Medical and sanitary report of the native army of Madras for the year
Year: 1872
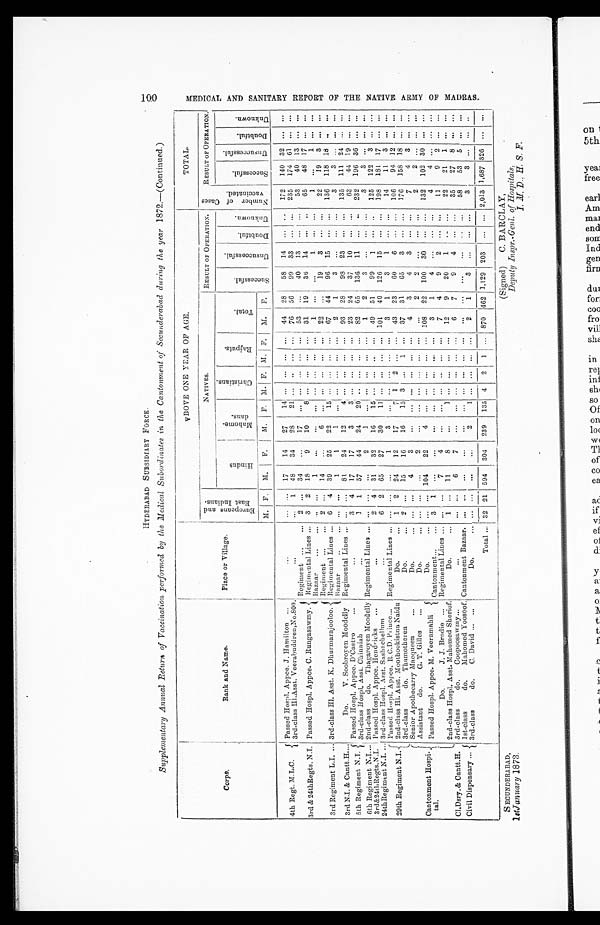
S ECUNDERABAD,
1st January 1873.
(signed)
C . B A R C L A Y ,
Deputy Inspr.-Genl. of Hospitals,
I . M . D . , H . S . F .
HYDERABAD SUBSIDIARY FORCE.
Supplementary Annual Return of Vaccination performed by the Medical Subordinates in the Cantonment of Secunderabad during the year 1872 .—(Continued.)
Corps.
Rank and Name.
Place or Village.
ABOVE ONE YEAR OF AGE.
TOTAL.
E u r o p e a n s a n d E a s t I n d i a n s .
NATIVES.
R E S U L T O F O P E R A T I O N .
N u m b e r o f c a s e s v a c c i n a t e d . RESULT OF OPERATION.
H i n d u s
M a h o m e - d a n s .
C h r i s t i a n s .
Rajputs.
Total.
S u c c e s s f u l .
U n s u c c e s s f u l .
D o u b t f u l . U n k n o w n .
S u c c e s s f u l .
U n s u c c e s s f u l . D o u b t f u l .
U n k n o w n .
M. F. M. F. M. F. M. F. M. F. M. F.
4th Regt. M.L.C.
Passed Hospl. Appce. J. Hamilton
...
... ... 17
14
27
14 ... ... ...... 44 28
58 14 ... ... 172 140 32 ... ...
3rd-class Hl.Asst. Veerabuddren,No.800.
...
... 1 48
34
28
21 ... ... ...... 76 56 99
33 ... ... 235 174 61 ... ...
3rd & 24thRegts. N.I. Passed Hospl. Appce. C. Rungasawmy.
Regiment
2 ... 34
...
17 ... ... ... ... ... 53 ...
40 13 ... ...
53
40 13 ... ...
Regimental Lines 3 2 18
9
10
8 ... ... ... ... 31 19
36 14 ... ...
65
48 17 ... ...
Bazaar
• ... ...
1
...
... ... ... .........1
...... 1
......1
... 1 ......
3rd Regiment L.I.
3rd-class Hl. Asst. K. Dhurmarajooloo.
Regiment
2 ...14
...
6 ... ... ... ... ... 22
...
19
3 ... ...
22
19 3 ... ...
Regimental Lines
6 4 39
25
22
15 ... ... ... ...67
44
96 15 ... ... 136
118 18 ... ...
Bazaar
... ...
1
1 1
...............2
1 3
... ......
3
3 ... ... ...
3rd N.I. & Cantt.H.
Do.
V. Soobroyen Moodelly Regimental Lines
... ... 81
24
12
4 ... ... ... ... 93 28
98 23 ... ... 135 111 24 ... ...
5th Regiment N.I. Passed Hospl. Appce. D'Castro
...
3 4 17
17
3 3 ............ 23 24
37
10 ... ...
63
44 19 ... ...
3rd-class Hospl. Asst. Chinniah
...
1 1 57
44
24
20 ... ... ... ... 82 65 136 11 ... ... 232 196 36 ... ...
6th Regiment N.I. 2nd-class do. Thagaroyen Moodelly Regimental Lines
... ... ...
2
1 ............... 1
2
3 ... ... ...
3
3 .........
3rd&24th Regts.N.I. Passed Hospl. Appce. Hendricks
...
2 4 31
32
16
15 ... ... ...... 49 51
99
1 ... ... 125 122 3 ... ...
24th Regiment N.I.
3rd-class Hospl. Asst. Sashachellum
...
6 2 65
27
30
11 ... ... ...... 101 40 126 15 ... ... 198 181 17 ... ...
29th Regiment N.I.
Passed Hospl. Appce. R.C.D. Prince
Regimental Lines
... ... ...
1
3 ... ... ... ... ... 3
1
3
1 ... ...
14
11 3 ... ...
2nd-class Hl. Asst. Moothookistna Naidu
Do.
1 2 24
12
17
7 1
2 ... ... 43 23
60
6 ... ... 106
94 12 ... ...
3rd-class do. Thamotheren
Do.
2 ... 15
16
16
15 3 ... 1 ... 37 31
65
3 ... ... 176 158 18 ... ...
Cantonment Hospi-
tal.
Senior Apothecarry Macqueen
Do.
......4
3
... ...............4
3 4
3
......
7
4 3 ......
Assistant do.
G. T. Gilles
Do.
.........
2 ... ......... ... ... ... 2 2
... ......
2
2 ... ... ...
Passed Hospl. Appce. M. Veeramahli
Do.
... ... 104
22 4
... ... ... ... ... 108 22 100 30 ... ... 132 102 30 ... ...
Cantonment
3 1 ...
... ... ... ... ... ... ... 3 1
4 ... ... ...
4 4
.........
Do.
J. J. Brodie
Regimental Lines
... ...
7 4
... ...............7
4
9
2 ... ...
11
9 2 ......
2nd-class Hospl. Asst. Mahomed Sherief.
Do.
1 ... 11
8
...
1 ... ... ... ... 12
9
20
1 ... ...
22
21
1 ... ...
Cl.Dsry.& Cantt.H. 3rd-class do. Coopoosawmy ...
......6
7
... ...............6
7
9
4 ... ...
35
27 8 ... ...
Civil Dispensary
1st-class do. Mahomed Yoosoof. Cantonment Bazaar. ... ... ...
...
... ... ... ... ... ... ... ...... ... ......58 53 5 ......
3rd-class do. C. David
Do.
... ... ... ...
2 1 ... ... ... ... 2
1
3 ... ... ... 3
3
... ......
Total
32 21 594 304 239 135 4 2 1 ... 870 462 1,129 203 ... ... 2,013 1,687 326 ... ...